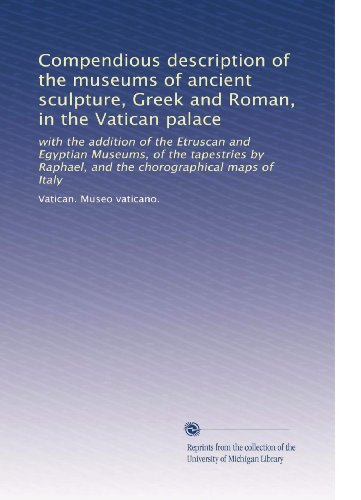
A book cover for Compendious description of the museums of ancient sculpture, Greek and Roman, in the Vatican palace: with the addition of the Etruscan and Egyptian ... Raphael, and the chorographical maps of Italy; Vatican. Museo vaticano.; Travel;